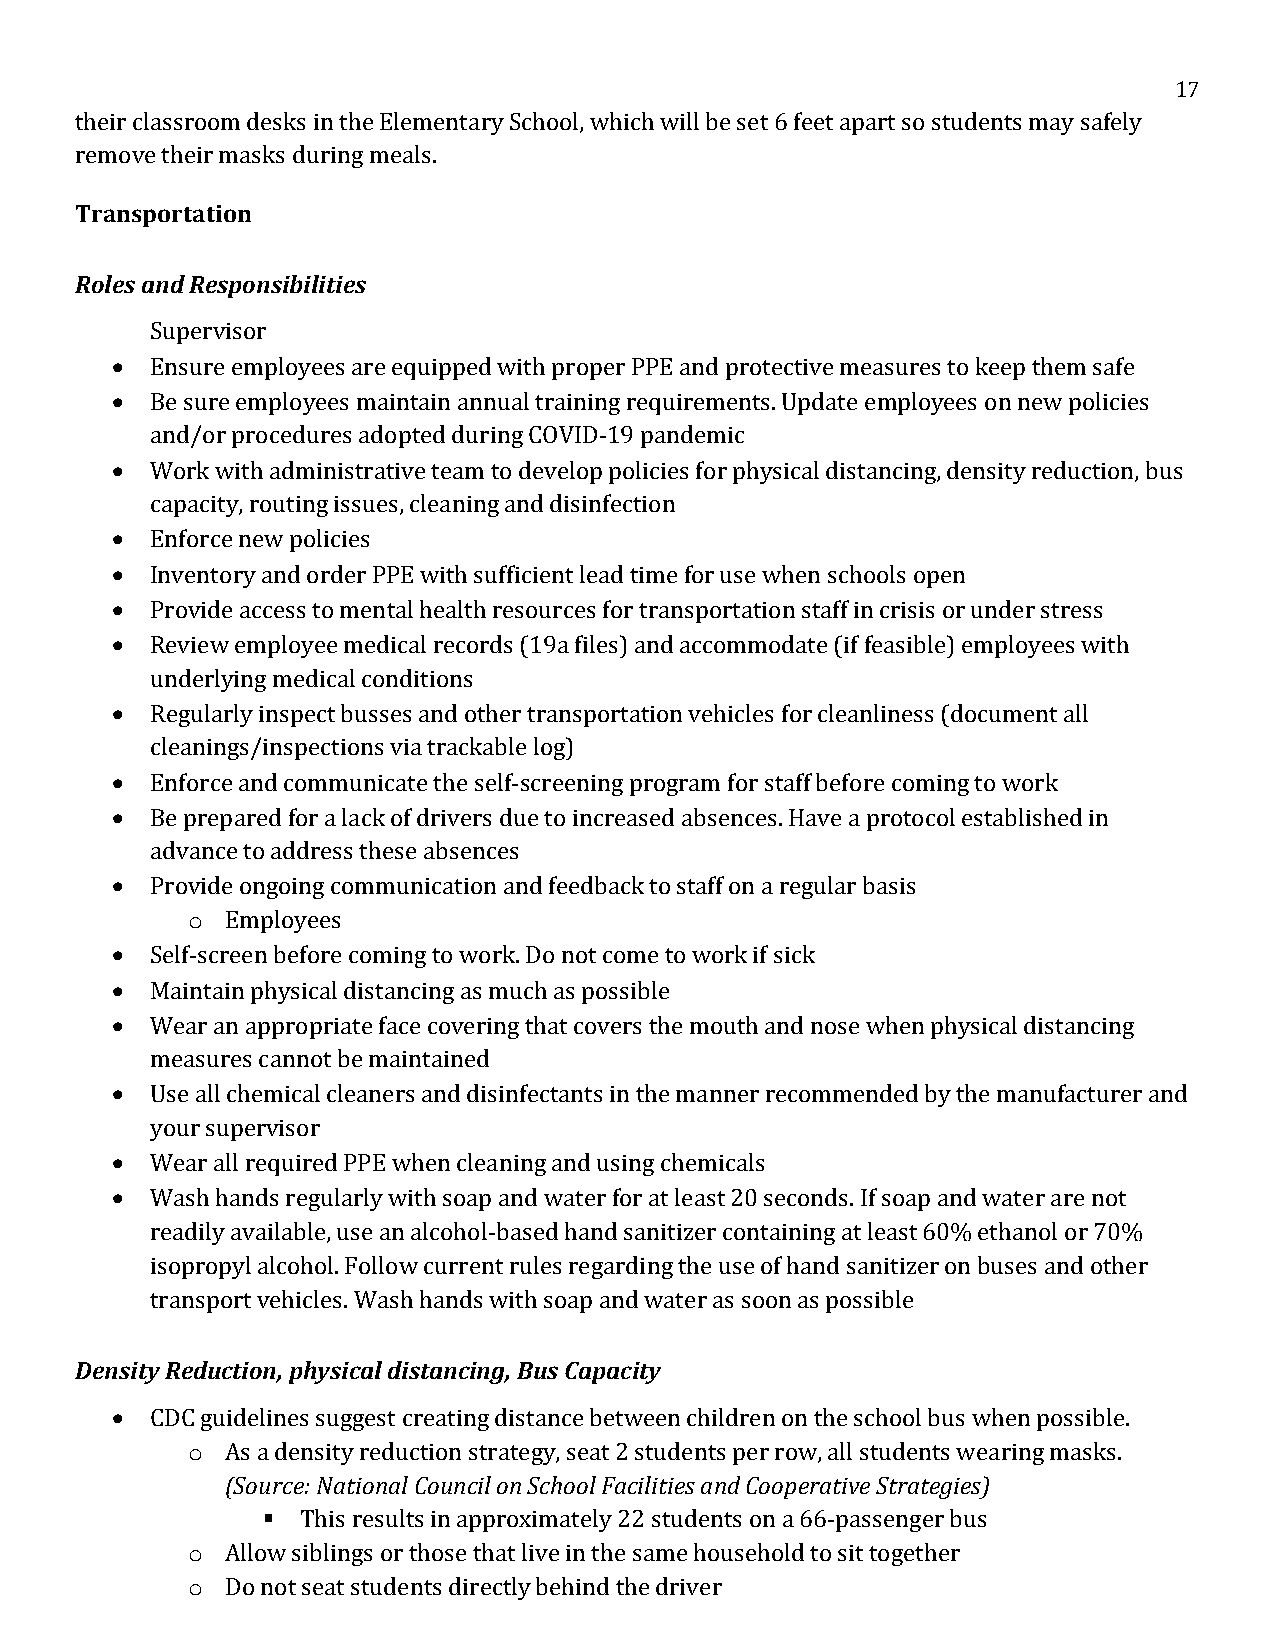
17
 their classroom desks in the Elementary School, which will be set 6 feet apart so students may safely
 remove their masks during meals.
 Transportation
 Roles and Responsibilities
 Supervisor
   Ensure employees are equipped with proper PPE and protective measures to keep them safe
   Be sure employees maintain annual training requirements. Update employees on new policies
 and/or procedures adopted during COVID-19 pandemic
   Work with administrative team to develop policies for physical distancing, density reduction, bus
 capacity, routing issues, cleaning and disinfection
   Enforce new policies
   Inventory and order PPE with sufficient lead time for use when schools open
   Provide access to mental health resources for transportation staff in crisis or under stress
   Review employee medical records (19a files) and accommodate (if feasible) employees with
 underlying medical conditions
   Regularly inspect busses and other transportation vehicles for cleanliness (document all
 cleanings/inspections via trackable log)
   Enforce and communicate the self-screening program for staff before coming to work
   Be prepared for a lack of drivers due to increased absences. Have a protocol established in
 advance to address these absences
   Provide ongoing communication and feedback to staff on a regular basis
 o  Employees
   Self-screen before coming to work. Do not come to work if sick
   Maintain physical distancing as much as possible
   Wear an appropriate face covering that covers the mouth and nose when physical distancing
 measures cannot be maintained
   Use all chemical cleaners and disinfectants in the manner recommended by the manufacturer and
 your supervisor
   Wear all required PPE when cleaning and using chemicals
   Wash hands regularly with soap and water for at least 20 seconds. If soap and water are not
 readily available, use an alcohol-based hand sanitizer containing at least 60% ethanol or 70%
 isopropyl alcohol. Follow current rules regarding the use of hand sanitizer on buses and other
 transport vehicles. Wash hands with soap and water as soon as possible
 Density Reduction, physical distancing, Bus Capacity
   CDC guidelines suggest creating distance between children on the school bus when possible.
 o  As a density reduction strategy, seat 2 students per row, all students wearing masks.
 (Source: National Council on School Facilities and Cooperative Strategies)
   This results in approximately 22 students on a 66-passenger bus
 o  Allow siblings or those that live in the same household to sit together
 o  Do not seat students directly behind the driver